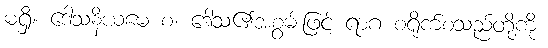
မရှိ။ ဒေါသနိယမေ စ၊ ဒေါသ၏အစွမ်းဖြင့် ရာဂ စရိုက်စသည်တို့ကို